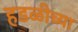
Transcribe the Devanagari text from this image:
हडळीच्या